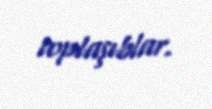
toplaşıblar.